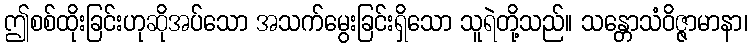
ဤစစ်ထိုးခြင်းဟုဆိုအပ်သော အသက်မွေးခြင်းရှိသော သူရဲတို့သည်။ သန္တောသံဝိဇ္ဇာမာနာ၊